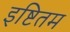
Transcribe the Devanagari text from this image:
इष्टितम